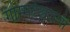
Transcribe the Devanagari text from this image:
गोम्मटेश्वराची